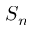
S _ { n }